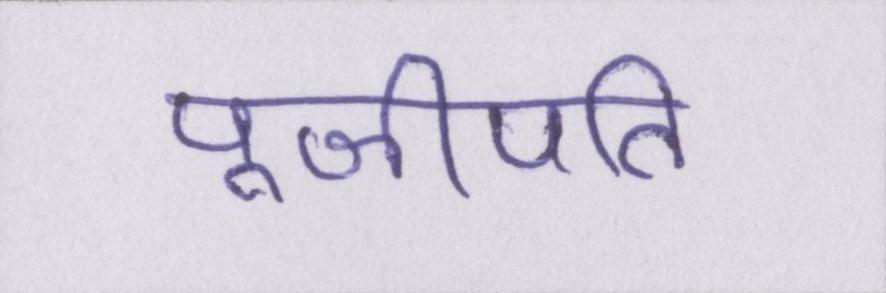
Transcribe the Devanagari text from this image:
पूजीपति